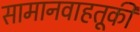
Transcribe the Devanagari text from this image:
सामानवाहतूकी